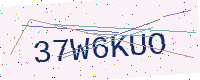
Text: 37W6KUO